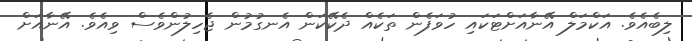
ލިބެއެވެ. އަކްމަލް އޭނާއަށްޓަކައި ހުވަފެން ތަކެއް ދެކޭކަން އެނގުމުން ޖެހިލުންވެސް ވިއެވެ. އޭނާއަށް